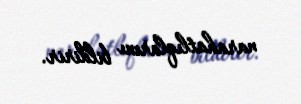
narahatlıqlarını bildirir.